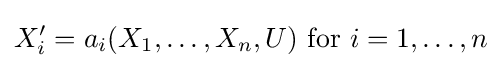
X_{i}'=a_{i}(X_{1},\dots ,X_{n},U){\text{ for }}i=1,\dotsc ,n